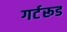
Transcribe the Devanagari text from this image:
गर्टरूड